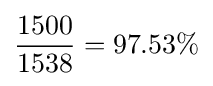
{\frac {1500}{1538}}=97.53\%